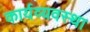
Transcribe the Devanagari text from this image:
कार्यव्यवस्था